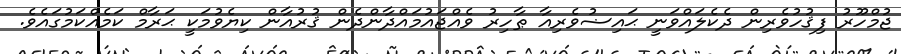
ޖުމްހޫރު ފިޤުހުވެރިން ދެކެލައްވަނީ ޙައިޟުވެރިއާ ޠާހިރު ވެއްޖައުމައްދާންދެން ޤުރުއާން ކިޔެވުމަކީ ޙަރާމް ކަމެއްކަމުގައެވެ.